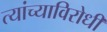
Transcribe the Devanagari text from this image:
त्यांच्याविरोधी